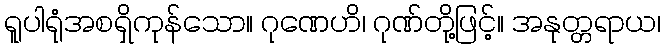
ရူပါရုံအစရှိကုန်သော။ ဂုဏေဟိ၊ ဂုဏ်တို့ဖြင့်။ အနုတ္တရာယ၊